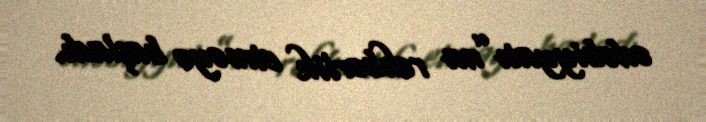
ədəbiyyatı”na rəhbərlik etməyə başladı.